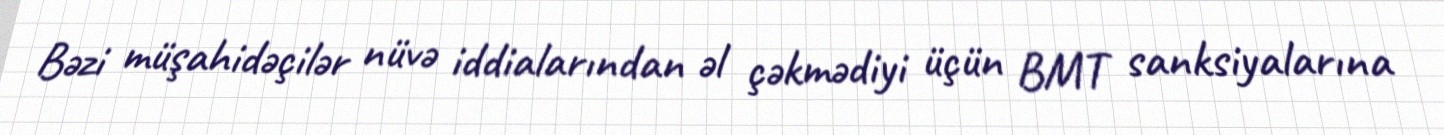
Bəzi müşahidəçilər nüvə iddialarından əl çəkmədiyi üçün BMT sanksiyalarına